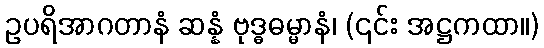
ဥပရိအာဂတာနံ ဆန္နံ ဗုဒ္ဓဓမ္မာနံ၊ (၎င်း အဋ္ဌကထာ။)